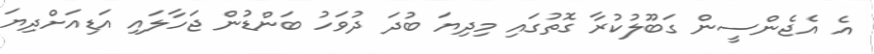
އެ އެޖެންސީން ގަބޫލުކުރާ ގޮތުގައި މިދިޔަ ބުދަ ދުވަހު ބަންޑުން ޖަހާލައި އަޑިއަށްދިޔަ